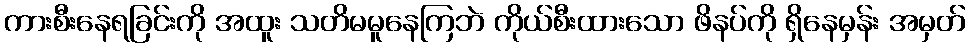
ကားစီးနေရခြင်းကို အထူး သတိမမူနေကြဘဲ ကိုယ်စီးထားသော ဖိနပ်ကို ရှိနေမှန်း အမှတ်